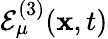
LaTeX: \mathcal{E}_{\mu}^{(3)}(\mathbf{x},t)